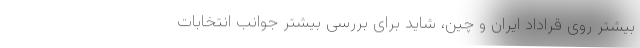
بیشتر روی قراداد ایران و چین، شاید برای بررسی بیشتر جوانب انتخابات